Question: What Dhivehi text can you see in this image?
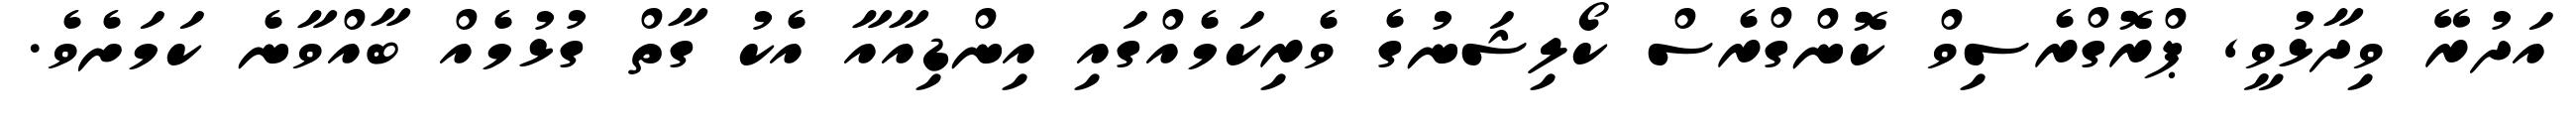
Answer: އަދުރޭ ވިދާޅުވީ, ޕްރޮގްރެސިވް ކޮންގްރެސް ކޯލިޝަނުގެ ވެރިކަމެއްގައި އިންޑިއާއާ އެކު ގާތް ގުޅުމެއް ބާއްވާނެ ކަމަށެވެ.